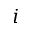
i